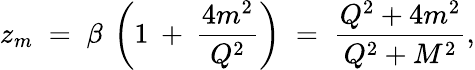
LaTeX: z_{m}\; =\; \beta\: \left(1\: +\: \frac{4m^{2}}{Q^{2}}\right)\; =\; \frac{Q^{2}+4m^{2}}{Q^{2}+M^{2}},